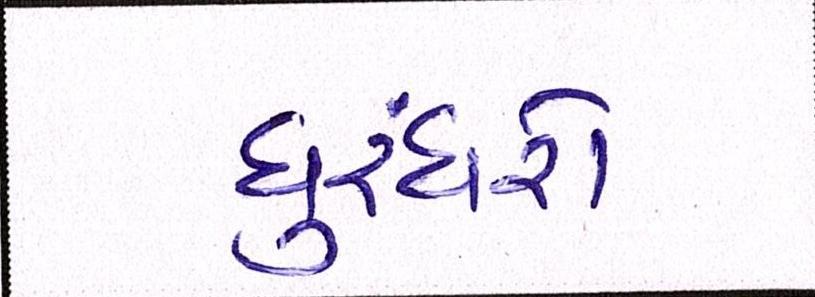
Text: ધુરંધરો